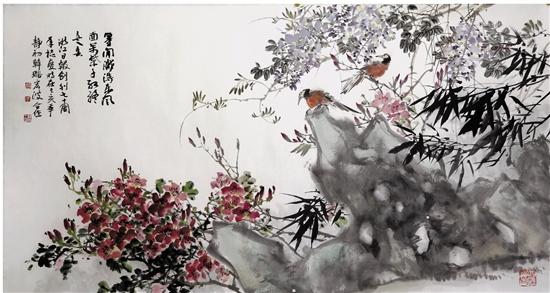
等闲识得东风面，万紫千红总是春。